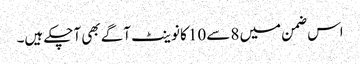
اس ضمن میں 8 سے10 کا نوینٹ آگے بھی آچکے ہیں۔